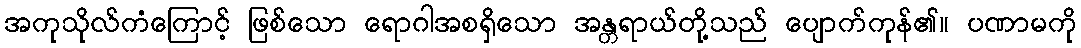
အကုသိုလ်ကံကြောင့် ဖြစ်သော ရောဂါအစရှိသော အန္တရာယ်တို့သည် ပျောက်ကုန်၏။ ပဏာမကို